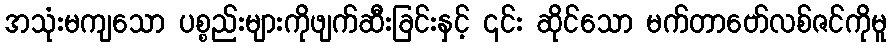
အသုံးမကျသော ပစ္စည်းများကိုဖျက်ဆီးခြင်းနှင့် ၎င်း ဆိုင်သော မက်တာဗော်လစ်ဇင်ကိုမူ